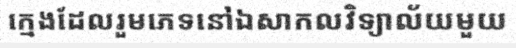
ក្មេងដែលរួមភេទនៅឯសាកលវិទ្យាល័យមួយ